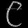
Digit: ၉